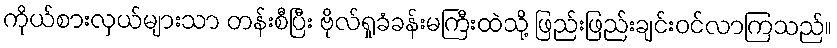
ကိုယ်စားလှယ်များသာ တန်းစီပြီး ဗိုလ်ရှုခံခန်းမကြီးထဲသို့ ဖြည်းဖြည်းချင်းဝင်လာကြသည်။